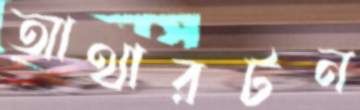
আথারটন